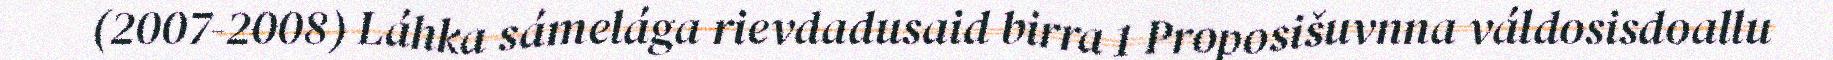
(2007-2008) Láhka sámelága rievdadusaid birra 1 Proposišuvnna váldosisdoallu